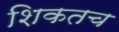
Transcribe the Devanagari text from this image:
शिकतच